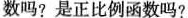
数吗?是正比例函数吗?